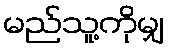
မည်သူ့ကိုမျှ